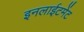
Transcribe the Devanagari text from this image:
इनलाईटमेंट